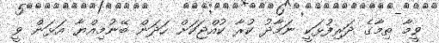
ވީމާ ތިމާގެ ދަރިފުޅަކީ ނަމާދު ކުރާ ކުއްޖަކަށް ހަދަން ބޭނުމިއްޔާ އަޅަން ވީ